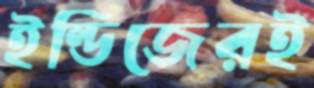
ইন্ডিজেরই